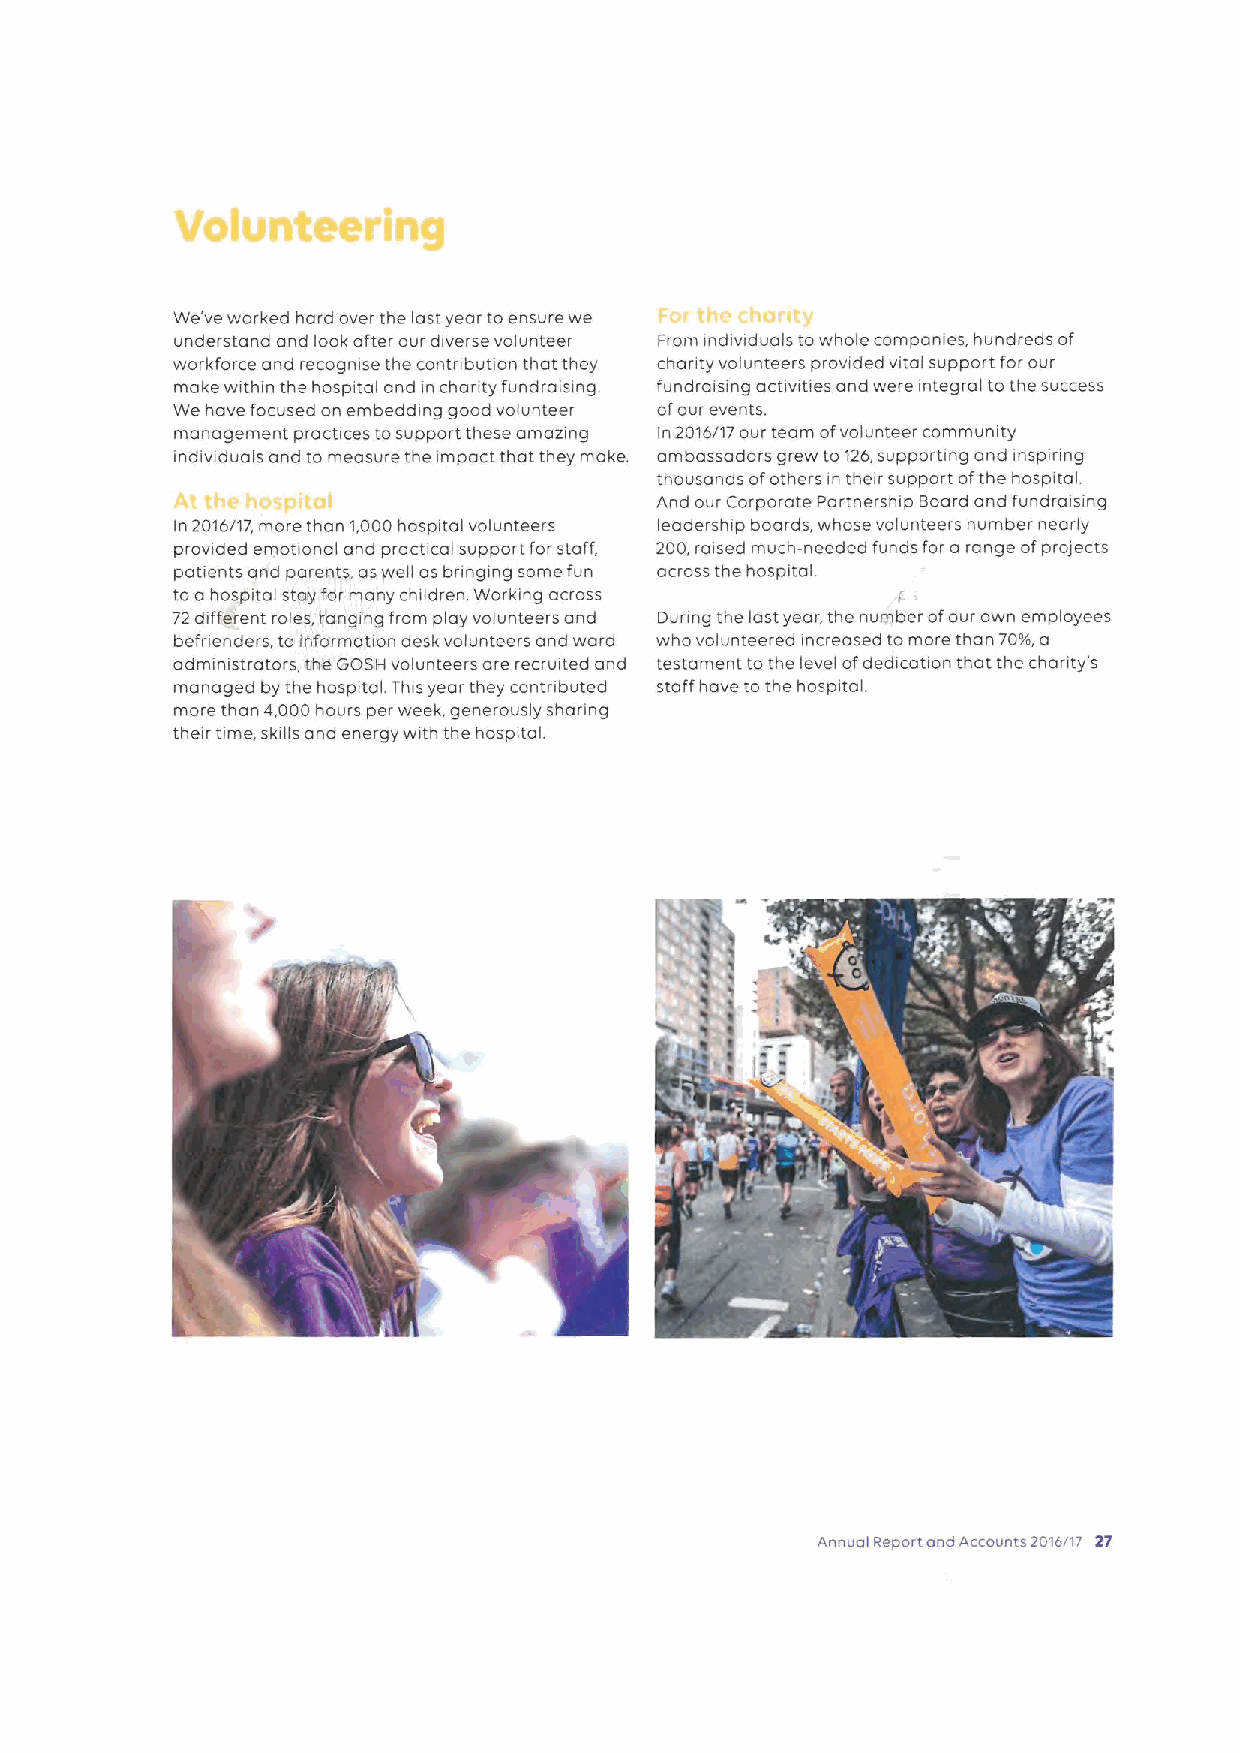
We've worked hard over the last year to ensure we
 understand ond look after our diverse volunteer From indwiduals towhole companies, hundreds of
 workforce and recognise the contnbution that they chanty volunteers provided wtai support for our
 make within the hospital and in charity fundraising. fundrai sing actwities and were integral to the success
 We have focused on embedding good volunteer ofour events.
 management practices tosupport these amazing In 20r6/17 our team ofvolunteer community
 indiwduals and to measure the impact that they make. ambassadors grew to 126,supporting and inspinng
 thousands ofothers in their support ofthe hospital.
 And our Corporate Partnership Board and fundraising
 In 2016/17, morethan1000 hospital volunteers leadership boards, whose volunteers number nearly
 provided emotional and practical support for staff, 200,raised much-needed funds for a range ofproiects
 patients and parents, asyveli as bringing some fun across the hospital.
 toa hospital stay for many children Working across
 72different roles, Iiang(ng from play volunteers and Dunng the last year, the number ofour own employees
 befnenders, to lnfbrmation desk volunteers and ward who volunteered increased tomore thon 70th a
 administrators, chit CeOBH volunteers are recruited and testament to the level ofdedication that the charity's
 managed by the hospital. This year they contnbuted staff have to the hospital.
 more than 4,000hours per week, generously shanng
 their time, skills and energy with the hospital.
 Av l
 Annual Report and Accounts 2016/17 27